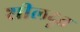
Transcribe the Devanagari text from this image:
शीलदूत